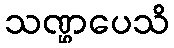
သဏ္ဌပေသိ